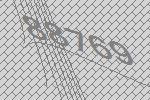
88769